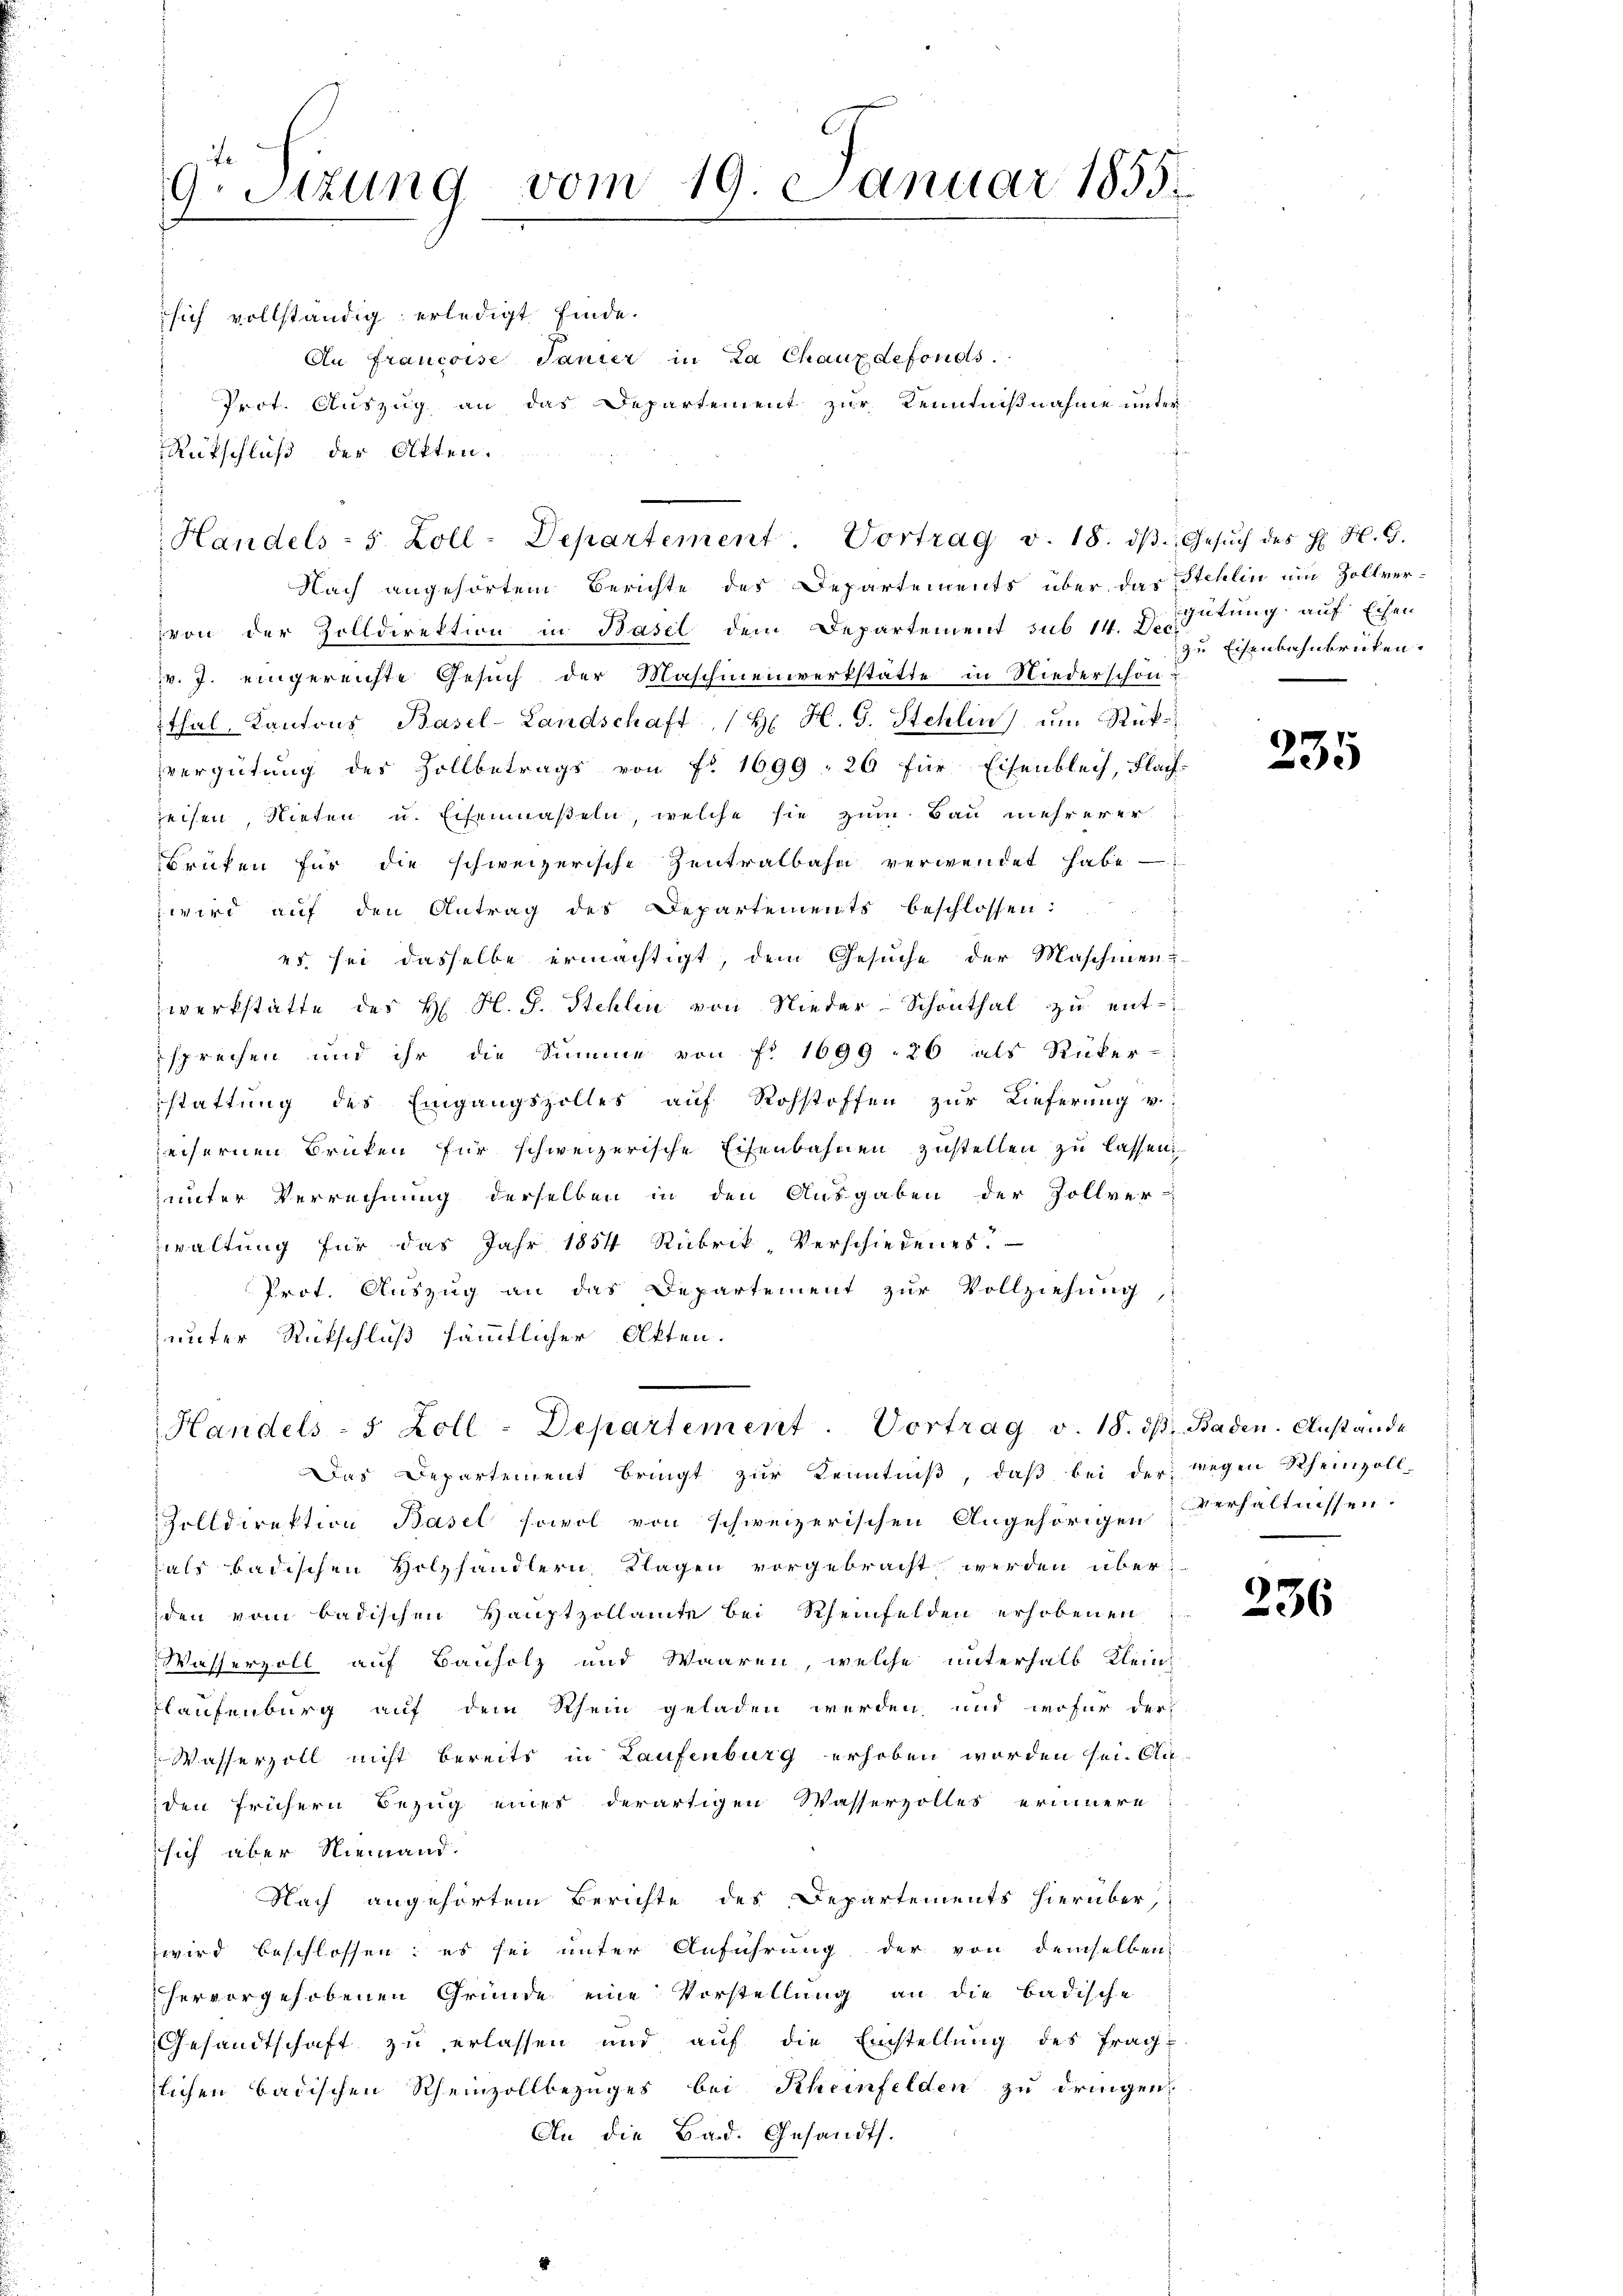
9.Sizung vom 19. Januar 1855

Handels- 5. Zoll-Departement. Vortrag v. 18. dβ. Gesŭch des H. H. G.

Nach angehörtem Berichte des Departements über das Stehlin ein Zollvervon der Zolldirektion in Basel dem Departement sub 14. Hütung auf Eisen
v. J. eingereichte Gesuch der Maschinenwerkstätte in Niederschon:
thal, Kantons Basel-Landschaft (H. H. S. Stehlin ŭm Rükvergütung des Zollbetrags von Fr. 1699, 26 für Eisenblech, Flach-
zeisen, Nieten u. Eisenmaßeln, welche sie zum Bau mehrerer
Brüten für die schweizerische Zentralbahn verwendet habe
 wird aŭf den Antrag des Departements beschlossen:
es. sei dasselbe ermächtigt, dem Gesuche der Maschinen u
werkstatte des H. H. S. Stehlin von Nieder-Schönthal zu entsprechen und ihr die Summe von f. 1699. 26 als Rüker-
stattung des Eingangszolles auf Rohstoffen zur Lieferung v
seisernen Brücken für schweizerische Eisenbahnen zustellen zu lassen.
unter Verrechnung derselben in den Ausgaben der Zollver-
waltung für das Jahr 1854 Rubrik, Verschiedenes.
Prot. Auszug an das Departement zur Vollziehung
unter Rutschluß sämmtlicher Akten.
Handels- 5 Zoll-Departement. Vortrag v. 18. dβ Baden. Anstände
Das Departement bringt zur Kenntniß, daß bei der wegen Rheinzoll-
Zolldirektion Basel sowol von schweizerischen Angehörigen Verhältnissen.
als badischen Holzhändlern, Klagen vorgebracht werden überden vom badischen Hauptzollamte bei Rheinfelden erhobenen
Wasserzoll auf Bauholz und Waaren, welche unterhalb kleinh
Plaufenburg auf dem Rhein geladen werden und wofür der
Wasserzoll nicht bereits in Laufenburg erhoben worden sei. Auden frühern Bezug eines derartigen Wasservolles erinnere
sich aber Niemand.
Nach angehörtem Berichte des Departements hierüber,
wird beschlossen: es sei unter Anführung der von demselben
hervorgehobenen Gründe eine Vorstellung an die badische
Gesandtschaft zu erlassen und auf die Einstellung des Frag-
lichen Badischen Rheinzollbezuges bei Rheinfelden zu dringen
An die Bad. Gesandts.

sich vollständig erledigt finde.
An Francoise Tanzer in La Chauxdefonds.
Pect. Auszug an das Departement zur Kenntnißnahme unter
Rutschluß der Atten.

zu Eisenbahnbrücken.

235

236